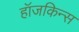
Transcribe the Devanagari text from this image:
हॉजकिन्स